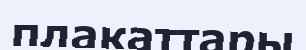
плакаттары